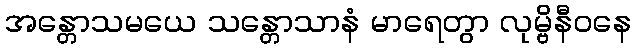
အန္တောသမယေ သန္တောသာနံ မာရေတွာ လုမ္ဗိနီဝနေ